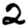
Digit: 2